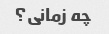
چه زمانی؟